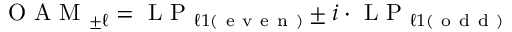
\mathrm { ~ O ~ A ~ M ~ } _ { \pm \ell } = \mathrm { ~ L ~ P ~ } _ { \ell 1 ( \mathrm { ~ e ~ v ~ e ~ n ~ } ) } \pm i \cdot \mathrm { ~ L ~ P ~ } _ { \ell 1 ( \mathrm { ~ o ~ d ~ d ~ } ) }